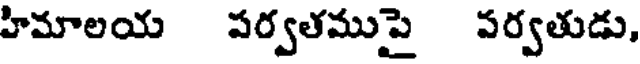
హిమాలయ పర్వతముపై పర్వతుడు,